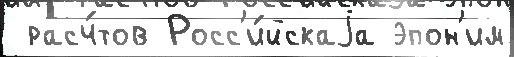
 расч́тов Росс'и́йскаjа эпон'им